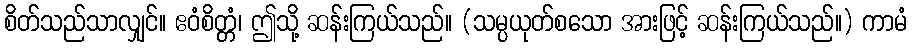
စိတ်သည်သာလျှင်။ ဧဝံစိတ္တံ၊ ဤသို့ ဆန်းကြယ်သည်။ (သမ္ပယုတ်စသော အားဖြင့် ဆန်းကြယ်သည်။) ကာမံ